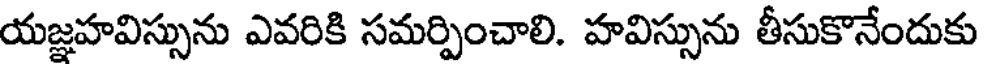
యజ్ఞహవిస్సును ఎవరికి సమర్పించాలి. హవిస్సును తీసుకొనేందుకు